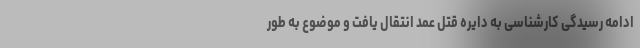
ادامه رسیدگی کارشناسی به دایره قتل عمد انتقال یافت و موضوع به طور